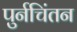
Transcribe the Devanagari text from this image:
पुर्नचिंतन